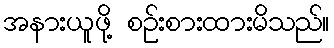
အနားယူဖို့ စဉ်းစားထားမိသည်။